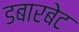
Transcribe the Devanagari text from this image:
डबारबेट